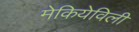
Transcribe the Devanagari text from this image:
मेकियेविली